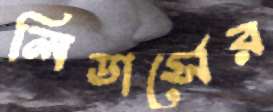
লিডার্সের